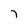
Character: 7